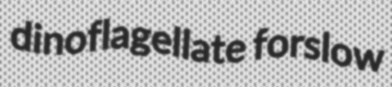
dinoflagellate forslow